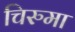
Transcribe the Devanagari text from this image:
चिरुमा